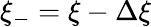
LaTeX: \xi_{-}=\xi-\Delta\xi